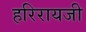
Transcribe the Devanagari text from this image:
हरिरायजी